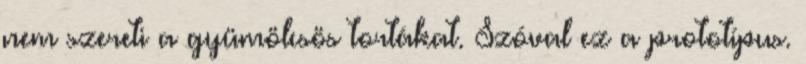
nem szereti a gyümölcsös tortákat. Szóval ez a prototípus.